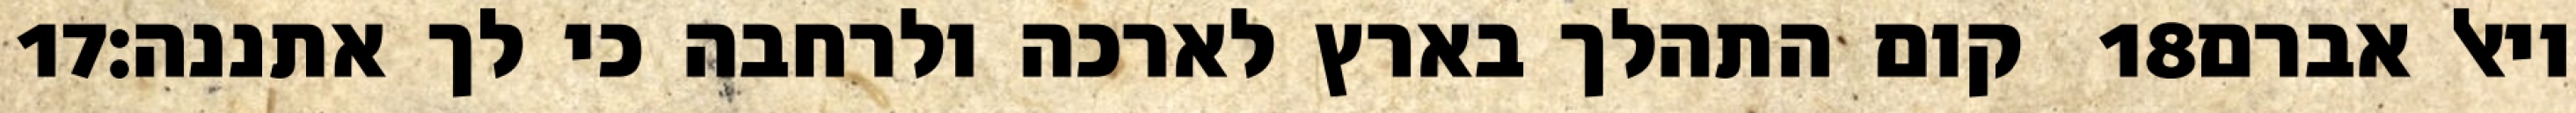
‎17‏ קום התהלך בארץ לארכה ולרחבה כי לך אתננה׃ ‎18‏ ויאל אברם